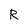
Character: R